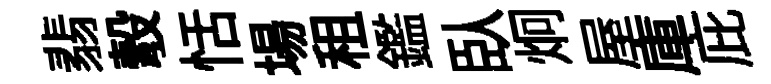
翡彀恬場租鑑臥炯屋庫庇